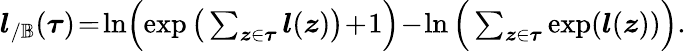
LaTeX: \begin{array}{r}{\boldsymbol{l}_{/\mathbb{B}}(\boldsymbol{\tau})\! =\! \ln\! \Big(\! \exp\big(\sum_{\boldsymbol{z}\in\boldsymbol{\tau}}\boldsymbol{l}(\boldsymbol{z})\big)\! +\! 1\Big)\! -\! \ln\Big(\sum_{\boldsymbol{z}\in\boldsymbol{\tau}}\exp(\boldsymbol{l}(\boldsymbol{z}))\Big).}\end{array}